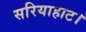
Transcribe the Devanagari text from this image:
सरियाहाट।